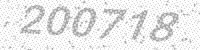
Solution: 200718